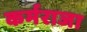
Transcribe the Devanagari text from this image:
कर्मराजा